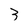
Character: 3